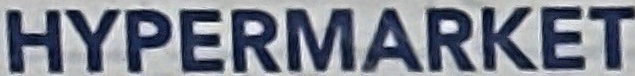
HYPERMARKET